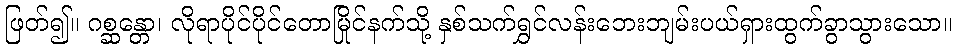
ဖြတ်၍။ ဂစ္ဆန္တော၊ လိုရာပိုင်ပိုင်တောမြိုင်နက်သို့ နှစ်သက်ရွှင်လန်းဘေးဘျမ်းပယ်ရှားထွက်ခွာသွားသော။